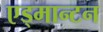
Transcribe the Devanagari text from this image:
एड्मान्टन